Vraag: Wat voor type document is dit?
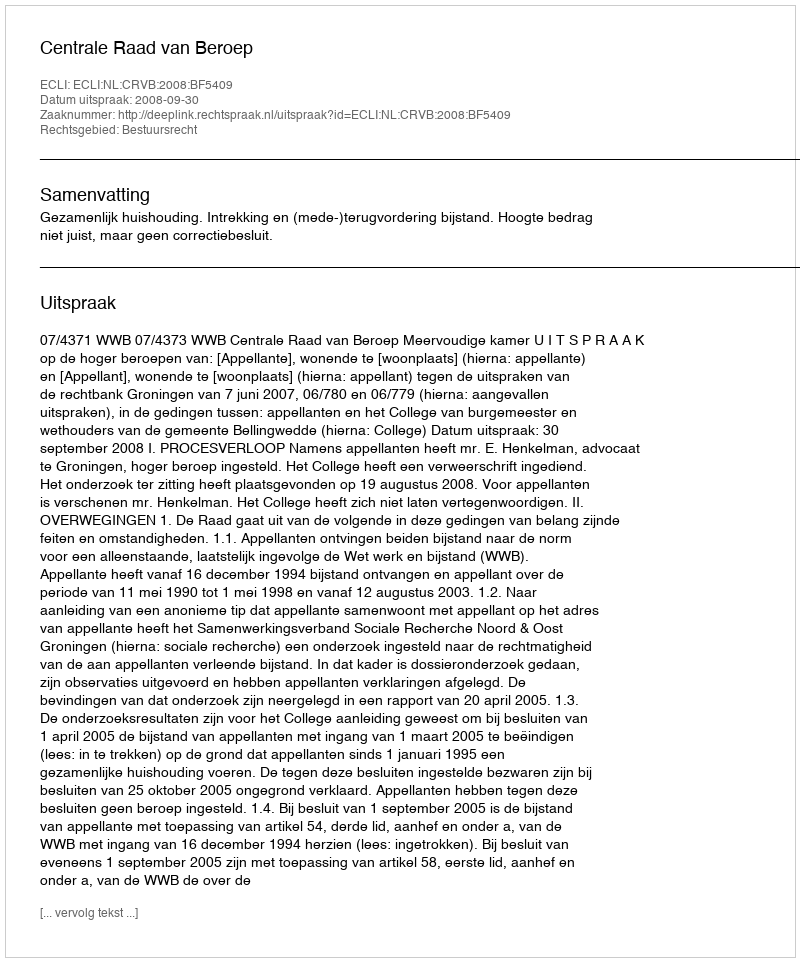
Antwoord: Uitspraak